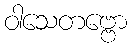
ဝါသေတဗ္ဗော